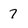
Character: 7